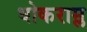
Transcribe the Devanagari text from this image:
धोकराम्ल